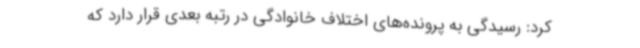
کرد: رسیدگی به پرونده‌های اختلاف خانوادگی در رتبه بعدی قرار دارد که